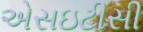
એસઇટીસી